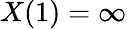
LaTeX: X(1)=\infty